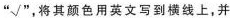
"√",将其颜色用英文写到横线上,并